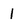
Character: 1